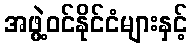
အဖွဲ့ဝင်နိုင်ငံများနှင့်